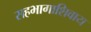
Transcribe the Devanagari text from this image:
सहभागाशिवाय